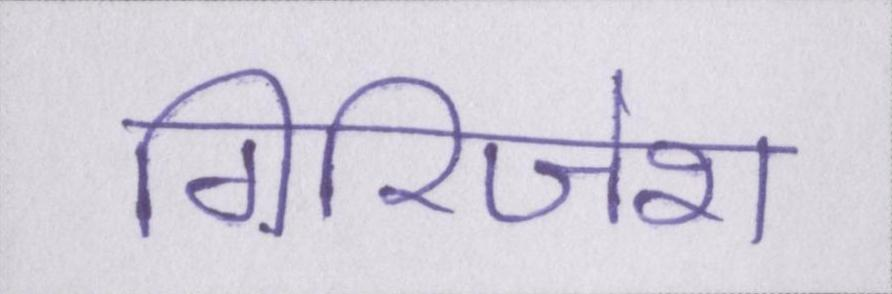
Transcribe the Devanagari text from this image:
गिरिजेश